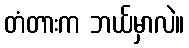
တံတားက ဘယ်မှာလဲ။